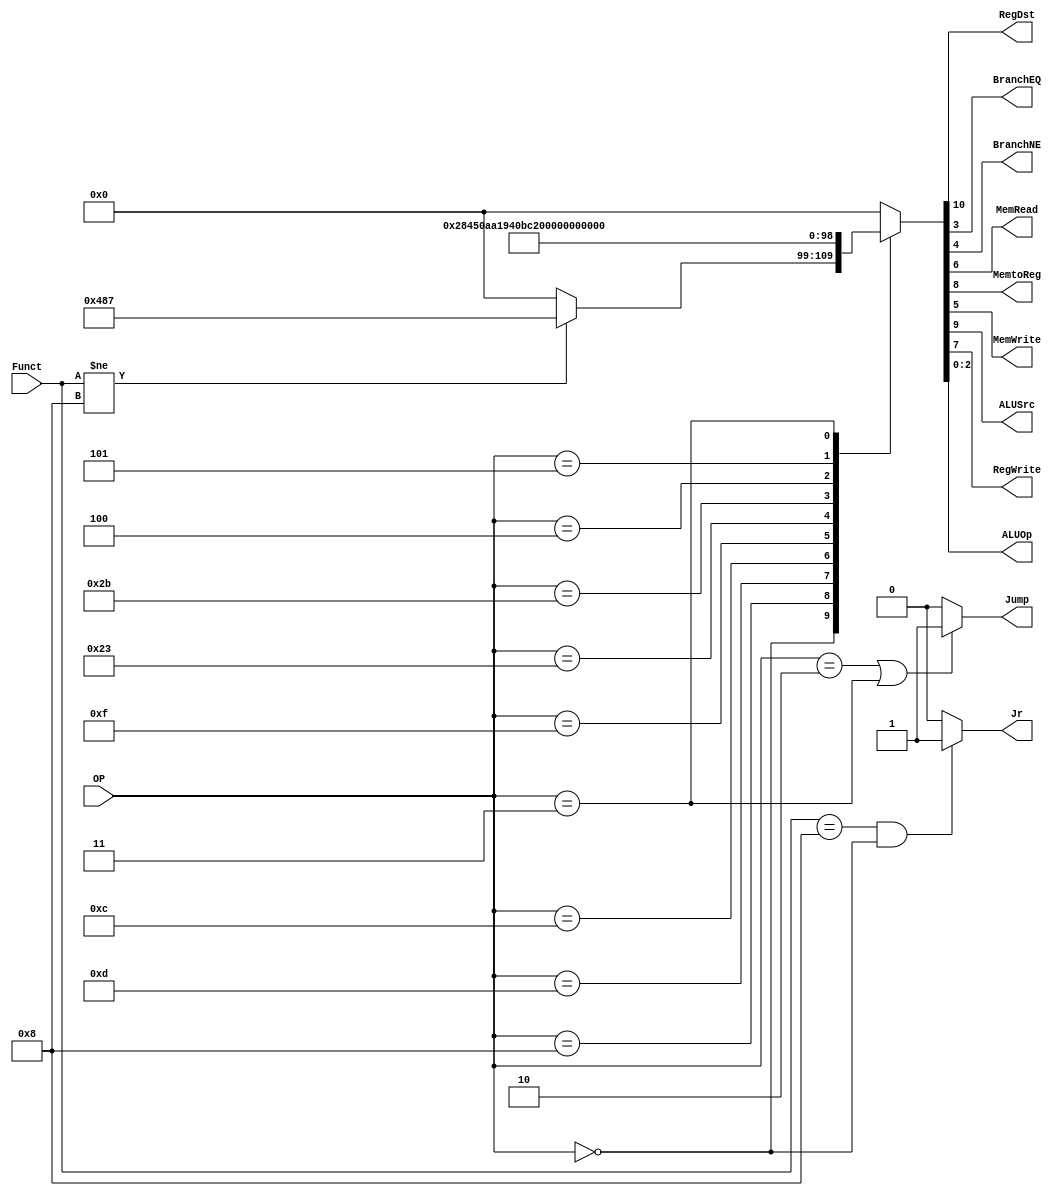
/******************************************************************
* Description
*	This is control unit for the MIPS processor. The control unit is 
*	in charge of generation of the control signals. Its only input 
*	corresponds to opcode from the instruction.
*	1.0
* Author:
*	Dr. Jos Luis Pizano Escalante
* email:
*	luispizano@iteso.mx
* Date:
*	01/03/2014
******************************************************************/
module Control
(
	input [5:0]OP,
	input [5:0]Funct,
	
	output RegDst,
	output BranchEQ,
	output BranchNE,
	output MemRead,
	output MemtoReg,
	output MemWrite,
	output ALUSrc,
	output RegWrite,
	output [2:0]ALUOp,
	output Jump,
	output Jr
	
);
localparam R_Type = 0;
localparam I_Type_ADDI = 6'h8;
localparam I_Type_ORI = 6'h0d;
localparam I_Type_ANDI = 6'h0C;
localparam I_Type_LUI = 6'h0F;
localparam I_Type_LW = 6'h23;
localparam I_Type_SW = 6'h2B;
localparam I_Type_BEQ = 6'h04;
localparam I_Type_BNE = 6'h05;
localparam J_Type_J = 6'h02;
localparam J_Type_JAL = 6'h03;




reg [10:0] ControlValues;

always@(OP) begin
	casex(OP)
		R_Type:      	ControlValues= (Funct != 6'h08) ? 11'b1_001_00_00_111 : 11'b0_000_00_00_000;	//Si la funcion es 8: es la operacion JR
		I_Type_ADDI:	ControlValues= 11'b0_101_00_00_100;		//Valores dependiendo de las seales necesarias descritas abajo
		I_Type_ORI:		ControlValues= 11'b0_101_00_00_101;
		I_Type_ANDI:	ControlValues= 11'b0_101_00_00_110;
		I_Type_LUI:		ControlValues= 11'b0_101_00_00_001;
		I_Type_LW:		ControlValues= 11'b0_111_10_00_010;		
		I_Type_SW:		ControlValues= 11'b0_110_01_00_010;		//Mismo Op que LW por que en ninguna de estas se hace una operacion en ALU
		I_Type_BEQ:		ControlValues= 11'b0_000_00_01_011;		
		I_Type_BNE:		ControlValues= 11'b0_000_00_10_011; 	//Mismo Op que BEQ por que en ninguna de estas se hace una operacion en ALU
		J_Type_J:		ControlValues= 11'b0_000_00_00_000;
		J_Type_JAL:		ControlValues= 11'b0_001_00_00_000;		//Mismo Op que J por que en ninguna de estas se hace una operacion en ALU

		
		default:
			ControlValues= 10'b0000000000;
		endcase
end	
	
assign RegDst = ControlValues[10];		//1 cuando cuando la direccion de escritura viene de los bits 15-11. Usando en operaciones R
assign ALUSrc = ControlValues[9];		//1 cuando cuando el segundo operador de la ALU viene de un valor inmediato. Usado en operaciones I
assign MemtoReg = ControlValues[8];		//1 cuando se va a escribir el resultado de la ALU en el Reg File: operaciones bsicas / 0 cuando se va a escribir en el Reg File un dato extraido de la memoria de datos: LW
assign RegWrite = ControlValues[7];		//1 cuando se quiere escribir en el Reg File. 0 en operaciones como J, JR, SW y Branches 
assign MemRead = ControlValues[6];		//1 cuando se quiere leer de la memoria de datos: LW
assign MemWrite = ControlValues[5];		//1 cuando se quiere  escribir en la memoria de datos: SW
assign BranchNE = ControlValues[4];		//1 cuando la operacion es BNE
assign BranchEQ = ControlValues[3];		//1 cuando la operaciones es BEQ
assign ALUOp = ControlValues[2:0];		//Valor que define la eoperacion el ALU

assign Jump = ((OP == 6'h02) | (OP == 6'h03)) ? 1 : 0;	//1 cuando la operacion es J o JAL
assign Jr = ((Funct == 6'h08) & (OP == 0)) ? 1 : 0;		//1 cuando la operacion es JR

endmodule
//control//